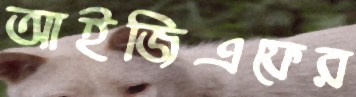
আইজিএফের